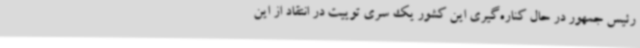
رئیس جمهور در حال کناره‌گیری این کشور یک سری توییت در انتقاد از این